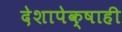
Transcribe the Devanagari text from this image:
देशापेक्षाही